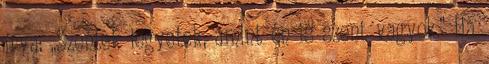
írva: „Szentek legyetek, amint én is szent vagyok.” Ha